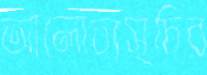
আলোচ্যসূচির